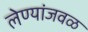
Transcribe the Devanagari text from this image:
लेण्यांजवळ